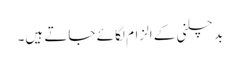
بد چلنی کے الزام لگائے جاتے ہیں۔